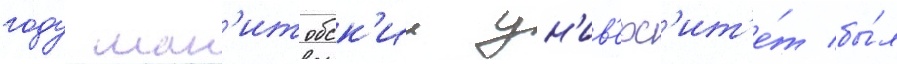
году ман'итобск'ии ун'ив'ерс'ит'е́т бы́л